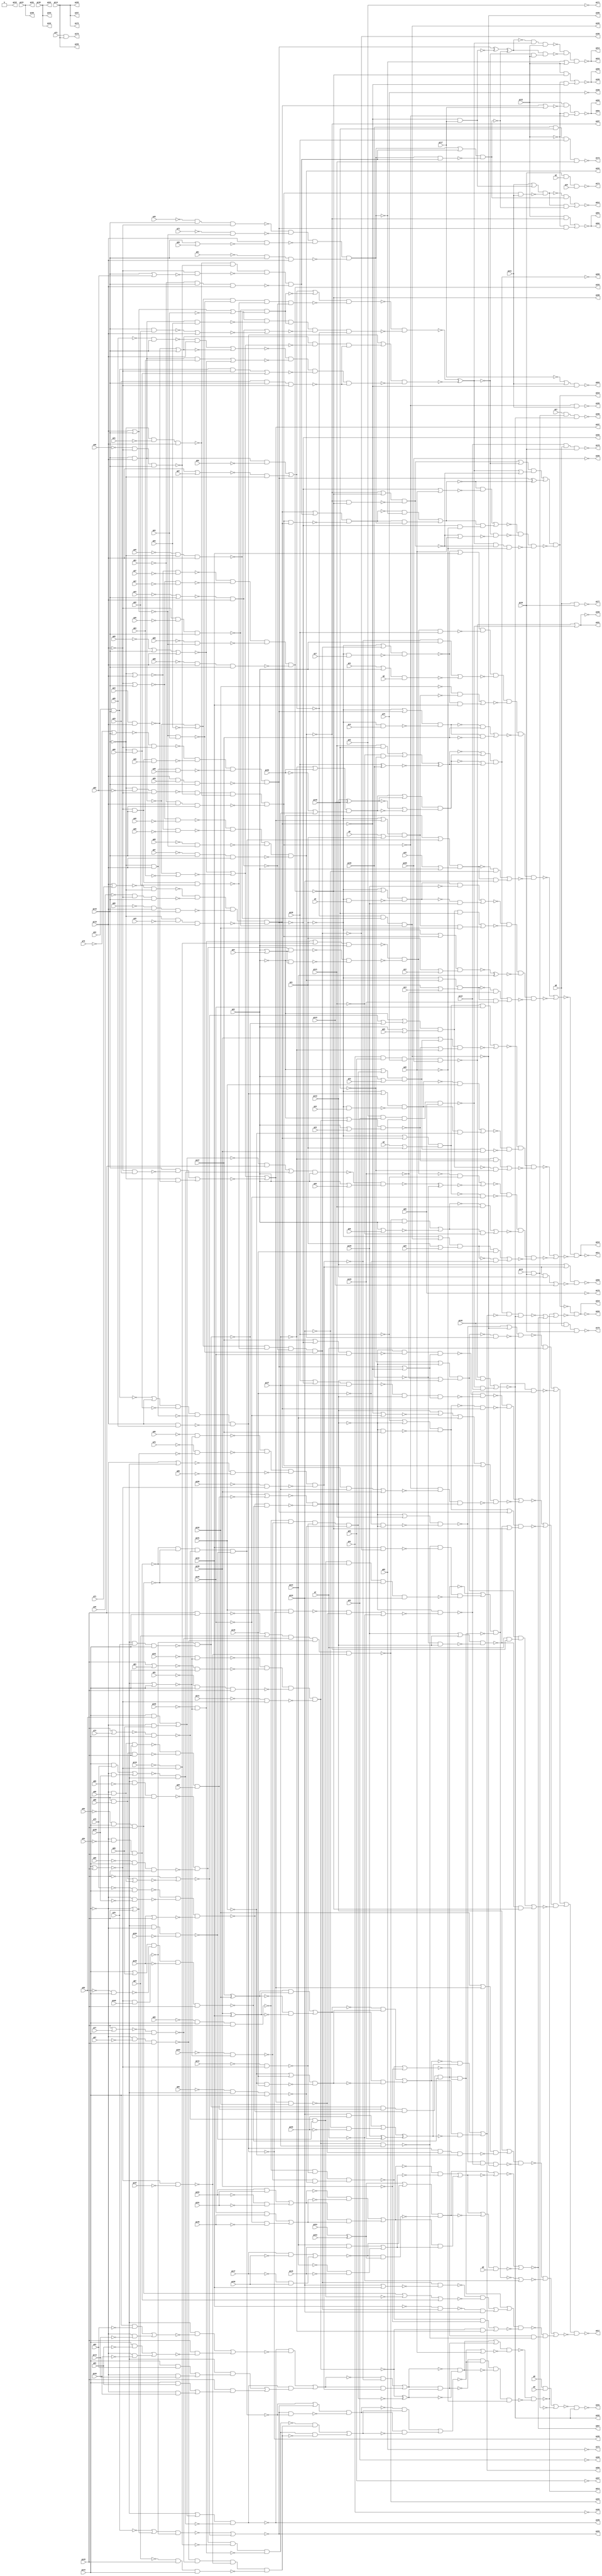
module top ( g0 , g1 , g2 , g3 , g4 , g5 , g6 , g7 , g8 , g9 , g10 , g11 , g12 , g13 , g14 , g15 , g16 , g17 , g18 , g19 , g20 , g21 , g22 , g23 , g24 , g25 , g26 , g27 , g28 , g29 , g30 , g31 , g32 , g33 , g34 , g35 , g36 , g37 , g38 , g39 , g40 , g41 , g42 , g43 , g44 , g45 , g46 , g47 , g48 , g49 , g50 , g51 , g52 , g53 , g54 , g55 , g56 , g57 , g58 , g59 , g60 , g61 , g62 , g63 , g64 , g65 , g66 , g67 , g68 , g69 , g70 , g71 , g72 , g73 , g74 , g75 , g76 , g77 , g78 , g79 , g80 , g81 , g82 , g83 , g84 , g85 , g86 , g87 , g88 , g89 , g90 , g91 , g92 , g93 , g94 , g95 , g96 , g97 , g98 , g99 , g100 , g101 , g102 , g103 , g104 , g105 , g106 , g107 , g108 , g109 , g110 , g111 , g112 , g113 , g114 , g115 , g116 , g117 , g118 , g119 , g120 , g121 , g122 , g123 , g124 , g125 , g126 , g127 , g128 , g129 , g130 , g131 , g132 , g133 , g134 , g135 , g136 , g137 , g138 , g139 , g140 , g141 , g142 , g143 , g144 , g145 , g146 , g147 , g148 , g149 , g150 , g151 , g152 , g153 , g154 , g155 , g156 , g157 , g158 , g159 , g160 , g161 , g162 , g163 , g164 , g165 , g166 , g167 , g168 , g169 , g170 , g171 , g172 , g173 , g174 , g175 , g176 , g177 , g178 , g179 , g180 , g181 , g182 , g183 , g184 , g185 , g186 , g187 , g188 , g189 , g190 , g191 , g192 , g193 , g194 , g195 , g196 , g197 , g198 , g199 , g200 , g201 , g202 , g203 , g204 , g205 , g206 , g207 , g208 , g209 , g210 , g211 , g212 , g213 , g214 , g215 , g216 , g217 , g218 , g219 , g220 );
input g0 , g1 , g2 , g3 , g4 , g5 , g6 , g7 , g8 , g9 , g10 , g11 , g12 , g13 , g14 , g15 , g16 , g17 , g18 , g19 , g20 , g21 , g22 , g23 , g24 , g25 , g26 , g27 , g28 , g29 , g30 , g31 , g32 , g33 , g34 , g35 , g36 , g37 , g38 , g39 , g40 , g41 , g42 , g43 , g44 , g45 , g46 , g47 , g48 , g49 , g50 , g51 , g52 , g53 , g54 , g55 , g56 , g57 , g58 , g59 , g60 , g61 , g62 , g63 , g64 , g65 , g66 , g67 , g68 , g69 , g70 , g71 , g72 , g73 , g74 , g75 , g76 , g77 , g78 , g79 , g80 , g81 , g82 , g83 , g84 , g85 , g86 , g87 , g88 , g89 , g90 , g91 , g92 , g93 , g94 , g95 , g96 , g97 , g98 , g99 , g100 , g101 , g102 , g103 , g104 , g105 , g106 , g107 , g108 , g109 , g110 , g111 , g112 , g113 , g114 , g115 , g116 , g117 , g118 , g119 , g120 , g121 , g122 , g123 , g124 , g125 , g126 , g127 , g128 , g129 , g130 , g131 , g132 , g133 , g134 , g135 , g136 , g137 , g138 , g139 , g140 , g141 , g142 , g143 , g144 , g145 , g146 , g147 , g148 , g149 , g150 , g151 , g152 , g153 , g154 , g155 , g156 ;
output g157 , g158 , g159 , g160 , g161 , g162 , g163 , g164 , g165 , g166 , g167 , g168 , g169 , g170 , g171 , g172 , g173 , g174 , g175 , g176 , g177 , g178 , g179 , g180 , g181 , g182 , g183 , g184 , g185 , g186 , g187 , g188 , g189 , g190 , g191 , g192 , g193 , g194 , g195 , g196 , g197 , g198 , g199 , g200 , g201 , g202 , g203 , g204 , g205 , g206 , g207 , g208 , g209 , g210 , g211 , g212 , g213 , g214 , g215 , g216 , g217 , g218 , g219 , g220 ;

wire g4669 , g4670 , g4671 , g4672 , g4673 , g4674 , g4675 , g4676 , g4677 , 
     g4678 , g4679 , g4680 , g4681 , g4682 , g4683 , g4684 , g4685 , g4686 , g4687 , 
     g4688 , g4689 , g4690 , g4691 , g4692 , g4693 , g4694 , g4695 , g4696 , g4697 , 
     g4698 , g4699 , g4700 , g4701 , g4702 , g4703 , g4704 , g4705 , g4706 , g4707 , 
     g4708 , g4709 , g4710 , g4711 , g4712 , g4713 , g4714 , g4715 , g4716 , g4717 , 
     g4718 , g4719 , g4720 , g4721 , g4722 , g4723 , g4724 , g4725 , g4726 , g4727 , 
     g4728 , g4729 , g4730 , g4731 , g4732 , g4733 , g4734 , g4735 , g4736 , g4737 , 
     g4738 , g4739 , g4740 , g4741 , g4742 , g4743 , g4744 , g4745 , g4746 , g4747 , 
     g4748 , g4749 , g4750 , g4751 , g4752 , g4753 , g4754 , g4755 , g4756 , g4757 , 
     g4758 , g4759 , g4760 , g4761 , g4762 , g4763 , g4764 , g4765 , g4766 , g4767 , 
     g4768 , g4769 , g4770 , g4771 , g4772 , g4773 , g4774 , g4775 , g4776 , g4777 , 
     g4778 , g4779 , g4780 , g4781 , g4782 , g4783 , g4784 , g4785 , g4786 , g4787 , 
     g4788 , g4789 , g4790 , g4791 , g4792 , g4793 , g4794 , g4795 , g4796 , g4797 , 
     g4798 , g4799 , g4800 , g4801 , g4802 , g4803 , g4804 , g4805 , g4806 , g4807 , 
     g4808 , g4809 , g4810 , g4811 , g4812 , g4813 , g4814 , g4815 , g4816 , g4817 , 
     g4818 , g4819 , g4820 , g4821 , g4822 , g4823 , g4824 , g4825 , g4826 , g4827 , 
     g4828 , g4829 , g4830 , g4831 , g4832 , g4833 , g4834 , g4835 , g4836 , g4837 , 
     g4838 , g4839 , g4840 , g4841 , g4842 , g4843 , g4844 , g4845 , g4846 , g4847 , 
     g4848 , g4849 , g4850 , g4851 , g4852 , g4853 , g4854 , g4855 , g4856 , g4857 , 
     g4858 , g4859 , g4860 , g4861 , g4862 , g4863 , g4864 , g4865 , g4866 , g4867 , 
     g4868 , g4869 , g4870 , g4871 , g4872 , g4873 , g4874 , g4875 , g4876 , g4877 , 
     g4878 , g4879 , g4880 , g4881 , g4882 , g4883 , g4884 , g4885 , g4886 , g4887 , 
     g4888 , g4889 , g442 , g443 , g444 , g445 , g446 , g447 , g448 , g449 , 
     g450 , g451 , g452 , g453 , g454 , g455 , g456 , g457 , g458 , g459 , 
     g460 , g461 , g462 , g463 , g464 , g465 , g466 , g467 , g468 , g469 , 
     g470 , g471 , g472 , g473 , g474 , g475 , g476 , g477 , g478 , g479 , 
     g480 , g481 , g482 , g483 , g484 , g485 , g486 , g487 , g488 , g489 , 
     g490 , g491 , g492 , g493 , g494 , g495 , g496 , g497 , g498 , g499 , 
     g500 , g501 , g502 , g503 , g504 , g505 , g506 , g507 , g508 , g509 , 
     g510 , g511 , g512 , g513 , g514 , g515 , g516 , g517 , g518 , g519 , 
     g520 , g521 , g522 , g523 , g524 , g525 , g526 , g527 , g528 , g529 , 
     g530 , g531 , g532 , g533 , g534 , g535 , g536 , g537 , g538 , g539 , 
     g540 , g541 , g542 , g543 , g544 , g545 , g546 , g547 , g548 , g549 , 
     g550 , g551 , g552 , g553 , g554 , g555 , g556 , g557 , g558 , g559 , 
     g560 , g561 , g562 , g563 , g564 , g565 , g566 , g567 , g568 , g569 , 
     g570 , g571 , g572 , g573 , g574 , g575 , g576 , g577 , g578 , g579 , 
     g580 , g581 , g582 , g583 , g584 , g585 , g586 , g587 , g588 , g589 , 
     g590 , g591 , g592 , g593 , g594 , g595 , g596 , g597 , g598 , g599 , 
     g600 , g601 , g602 , g603 , g604 , g605 , g606 , g607 , g608 , g609 , 
     g610 , g611 , g612 , g613 , g614 , g615 , g616 , g617 , g618 , g619 , 
     g620 , g621 , g622 , g623 , g624 , g625 , g626 , g627 , g628 , g629 , 
     g630 , g631 , g632 , g633 , g634 , g635 , g636 , g637 , g638 , g639 , 
     g640 , g641 , g642 , g643 , g644 , g645 , g646 , g647 , g648 , g649 , 
     g650 , g651 , g652 , g653 , g654 , g655 , g656 , g657 , g658 , g659 , 
     g660 , g661 , g662 , g663 , g664 , g665 , g666 , g667 , g668 , g669 , 
     g670 , g671 , g672 , g673 , g674 , g675 , g676 , g677 , g678 , g679 , 
     g680 , g681 , g682 , g683 , g684 , g685 , g686 , g687 , g688 , g689 , 
     g690 , g691 , g692 , g693 , g694 , g695 , g696 , g697 , g698 , g699 , 
     g700 , g701 , g702 , g703 , g704 , g705 , g706 , g707 , g708 , g709 , 
     g710 , g711 , g712 , g713 , g714 , g715 , g716 , g717 , g718 , g719 , 
     g720 , g721 , g722 , g723 , g724 , g725 , g726 , g727 , g728 , g729 , 
     g730 , g731 , g732 , g733 , g734 , g735 , g736 , g737 , g738 , g739 , 
     g740 , g741 , g742 , g743 , g744 , g745 , g746 , g747 , g748 , g749 , 
     g750 , g751 , g752 , g753 , g754 , g755 , g756 , g757 , g758 , g759 , 
     g760 , g761 , g762 , g763 , g764 , g765 , g766 , g767 , g768 , g769 , 
     g770 , g771 , g772 , g773 , g774 , g775 , g776 , g777 , g778 , g779 , 
     g780 , g781 , g782 , g783 , g784 , g785 , g786 , g787 , g788 , g789 , 
     g790 , g791 , g792 , g793 , g794 , g795 , g796 , g797 , g798 , g799 , 
     g800 , g801 , g802 , g803 , g804 , g805 , g806 , g807 , g808 , g809 , 
     g810 , g811 , g812 , g813 , g814 , g815 , g816 , g817 , g818 , g819 , 
     g820 , g821 , g822 , g823 , g824 , g825 , g826 , g827 , g828 , g829 , 
     g830 , g831 , g832 , g833 , g834 , g835 , g836 , g837 , g838 , g839 , 
     g840 , g841 , g842 , g843 , g844 , g845 , g846 , g847 , g848 , g849 , 
     g850 , g851 , g852 , g853 , g854 , g855 , g856 , g857 , g858 , g859 , 
     g860 , g861 , g862 , g863 , g864 , g865 , g866 , g867 , g868 , g869 , 
     g870 , g871 , g872 , g873 , g874 , g875 , g876 , g877 , g878 , g879 , 
     g880 , g881 , g882 , g883 , g884 , g885 , g886 , g887 , g888 , g889 , 
     g890 , g891 , g892 , g893 , g894 , g895 , g896 , g897 , g898 , g899 , 
     g900 , g901 , g902 , g903 , g904 , g905 , g906 , g907 , g908 , g909 , 
     g910 , g911 , g912 , g913 , g914 , g915 , g916 , g917 , g918 , g919 , 
     g920 , g921 , g922 , g923 , g924 , g925 , g926 , g927 , g928 , g929 , 
     g930 , g931 , g932 , g933 , g934 , g935 , g936 , g937 , g938 , g939 , 
     g940 , g941 , g942 , g943 , g944 , g945 , g946 , g947 , g948 , g949 , 
     g950 , g951 , g952 , g953 , g954 , g955 , g956 , g957 , g958 , g959 , 
     g960 , g961 , g962 , g963 , g964 , g965 , g966 , g967 , g968 , g969 , 
     g970 , g971 , g972 , g973 , g974 , g975 , g976 , g977 , g978 , g979 , 
     g980 , g981 , g982 , g983 , g984 , g985 , g986 , g987 , g988 , g989 , 
     g990 , g991 , g992 , g993 , g994 , g995 , g996 , g997 , g998 , g999 , 
     g1000 , g1001 , g1002 , g1003 , g1004 , g1005 , g1006 , g1007 , g1008 , g1009 , 
     g1010 , g1011 , g1012 , g1013 , g1014 , g1015 , g1016 , g1017 , g1018 , g1019 , 
     g1020 , g1021 , g1022 , g1023 , g1024 , g1025 , g1026 , g1027 , g1028 , g1029 , 
     g1030 , g1031 , g1032 , g1033 , g1034 , g1035 , g1036 , g1037 , g1038 , g1039 , 
     g1040 , g1041 , g1042 , g1043 , g1044 , g1045 , g1046 , g1047 , g1048 , g1049 , 
     g1050 , g1051 , g1052 , g1053 , g1054 , g1055 , g1056 , g1057 , g1058 , g1059 , 
     g1060 , g1061 , g1062 , g1063 , g1064 , g1065 , g1066 , g1067 , g1068 , g1069 , 
     g1070 , g1071 , g1072 , g1073 , g1074 , g1075 , g1076 , g1077 , g1078 , g1079 , 
     g1080 , g1081 , g1082 , g1083 , g1084 , g1085 , g1086 , g1087 , g1088 , g1089 , 
     g1090 , g1091 , g1092 , g1093 , g1094 , g1095 , g1096 , g1097 , g1098 , g1099 , 
     g1100 , g1101 , g1102 , g1103 , g1104 , g1105 , g1106 , g1107 , g1108 , g1109 , 
     g1110 , g1111 , g1112 , g1113 , g1114 , g1115 , g1116 , g1117 , g1118 , g1119 , 
     g1120 , g1121 , g1122 , g1123 , g1124 , g1125 , g1126 , g1127 , g1128 , g1129 , 
     g1130 , g1131 , g1132 , g1133 , g1134 , g1135 , g1136 , g1137 , g1138 , g1139 , 
     g1140 , g1141 , g1142 , g1143 , g1144 , g1145 , g1146 , g1147 , g1148 , g1149 , 
     g1150 , g1151 , g1152 , g1153 , g1154 , g1155 , g1156 , g1157 , g1158 , g1159 , 
     g1160 , g1161 , g1162 , g1163 , g1164 , g1165 , g1166 , g1167 , g1168 , g1169 , 
     g1170 , g1171 , g1172 , g1173 , g1174 , g1175 , g1176 , g1177 , g1178 , g1179 , 
     g1180 , g1181 , g1182 , g1183 , g1184 , g1185 , g1186 , g1187 , g1188 , g1189 , 
     g1190 , g1191 , g1192 , g1193 , g1194 , g1195 , g1196 , g1197 , g1198 , g1199 , 
     g1200 , g1201 , g1202 , g1203 , g1204 , g1205 , g1206 , g1207 , g1208 , g1209 , 
     g1210 , g1211 , g1212 , g1213 , g1214 , g1215 , g1216 , g1217 , g1218 , g1219 , 
     g1220 , g1221 , g1222 , g1223 , g1224 , g1225 , g1226 , g1227 , g1228 , g1229 , 
     g1230 , g1231 , g1232 , g1233 , g1234 , g1235 , g1236 , g1237 , g1238 , g1239 , 
     g1240 , g1241 , g1242 , g1243 , g1244 , g1245 , g1246 , g1247 , g1248 , g1249 , 
     g1250 , g1251 , g1252 , g1253 , g1254 , g1255 , g1256 , g1257 , g1258 , g1259 , 
     g1260 , g1261 , g1262 , g1263 , g1264 , g1265 , g1266 , g1267 , g1268 , g1269 , 
     g1270 , g1271 , g1272 , g1273 , g1274 , g1275 , g1276 , g1277 , g1278 , g1279 , 
     g1280 , g1281 , g1282 , g1283 , g1284 , g1285 , g1286 , g1287 , g1288 , g1289 , 
     g1290 , g1291 , g1292 , g1293 , g1294 , g1295 , g1296 , g1297 , g1298 , g1299 , 
     g1300 , g1301 , g1302 , g1303 , g1304 , g1305 , g1306 , g1307 , g1308 , g1309 , 
     g1310 , g1311 , g1312 , g1313 , g1314 , g1315 , g1316 , g1317 , g1318 , g1319 , 
     g1320 , g1321 , g1322 , g1323 , g1324 , g1325 , g1326 , g1327 , g1328 , g1329 , 
     g1330 , g1331 , g1332 , g1333 , g1334 , g1335 , g1336 , g1337 , g1338 , g1339 , 
     g1340 , g1341 , g1342 , g1343 , g1344 , g1345 , g1346 , g1347 , g1348 , g1349 , 
     g1350 , g1351 , g1352 , g1353 , g1354 , g1355 , g1356 , g1357 , g1358 , g1359 , 
     g1360 , g1361 , g1362 , g1363 , g1364 , g1365 , g1366 , g1367 , g1368 , g1369 , 
     g1370 , g1371 , g1372 , g1373 , g1374 , g1375 , g1376 , g1377 ;
buf ( g4669 , g0 );
buf ( g4670 , g1 );
buf ( g4671 , g2 );
buf ( g4672 , g3 );
buf ( g4673 , g4 );
buf ( g4674 , g5 );
buf ( g4675 , g6 );
buf ( g4676 , g7 );
buf ( g4677 , g8 );
buf ( g4678 , g9 );
buf ( g4679 , g10 );
buf ( g4680 , g11 );
buf ( g4681 , g12 );
buf ( g4682 , g13 );
buf ( g4683 , g14 );
buf ( g4684 , g15 );
buf ( g4685 , g16 );
buf ( g4686 , g17 );
buf ( g4687 , g18 );
buf ( g4688 , g19 );
buf ( g4689 , g20 );
buf ( g4690 , g21 );
buf ( g4691 , g22 );
buf ( g4692 , g23 );
buf ( g4693 , g24 );
buf ( g4694 , g25 );
buf ( g4695 , g26 );
buf ( g4696 , g27 );
buf ( g4697 , g28 );
buf ( g4698 , g29 );
buf ( g4699 , g30 );
buf ( g4700 , g31 );
buf ( g4701 , g32 );
buf ( g4702 , g33 );
buf ( g4703 , g34 );
buf ( g4704 , g35 );
buf ( g4705 , g36 );
buf ( g4706 , g37 );
buf ( g4707 , g38 );
buf ( g4708 , g39 );
buf ( g4709 , g40 );
buf ( g4710 , g41 );
buf ( g4711 , g42 );
buf ( g4712 , g43 );
buf ( g4713 , g44 );
buf ( g4714 , g45 );
buf ( g4715 , g46 );
buf ( g4716 , g47 );
buf ( g4717 , g48 );
buf ( g4718 , g49 );
buf ( g4719 , g50 );
buf ( g4720 , g51 );
buf ( g4721 , g52 );
buf ( g4722 , g53 );
buf ( g4723 , g54 );
buf ( g4724 , g55 );
buf ( g4725 , g56 );
buf ( g4726 , g57 );
buf ( g4727 , g58 );
buf ( g4728 , g59 );
buf ( g4729 , g60 );
buf ( g4730 , g61 );
buf ( g4731 , g62 );
buf ( g4732 , g63 );
buf ( g4733 , g64 );
buf ( g4734 , g65 );
buf ( g4735 , g66 );
buf ( g4736 , g67 );
buf ( g4737 , g68 );
buf ( g4738 , g69 );
buf ( g4739 , g70 );
buf ( g4740 , g71 );
buf ( g4741 , g72 );
buf ( g4742 , g73 );
buf ( g4743 , g74 );
buf ( g4744 , g75 );
buf ( g4745 , g76 );
buf ( g4746 , g77 );
buf ( g4747 , g78 );
buf ( g4748 , g79 );
buf ( g4749 , g80 );
buf ( g4750 , g81 );
buf ( g4751 , g82 );
buf ( g4752 , g83 );
buf ( g4753 , g84 );
buf ( g4754 , g85 );
buf ( g4755 , g86 );
buf ( g4756 , g87 );
buf ( g4757 , g88 );
buf ( g4758 , g89 );
buf ( g4759 , g90 );
buf ( g4760 , g91 );
buf ( g4761 , g92 );
buf ( g4762 , g93 );
buf ( g4763 , g94 );
buf ( g4764 , g95 );
buf ( g4765 , g96 );
buf ( g4766 , g97 );
buf ( g4767 , g98 );
buf ( g4768 , g99 );
buf ( g4769 , g100 );
buf ( g4770 , g101 );
buf ( g4771 , g102 );
buf ( g4772 , g103 );
buf ( g4773 , g104 );
buf ( g4774 , g105 );
buf ( g4775 , g106 );
buf ( g4776 , g107 );
buf ( g4777 , g108 );
buf ( g4778 , g109 );
buf ( g4779 , g110 );
buf ( g4780 , g111 );
buf ( g4781 , g112 );
buf ( g4782 , g113 );
buf ( g4783 , g114 );
buf ( g4784 , g115 );
buf ( g4785 , g116 );
buf ( g4786 , g117 );
buf ( g4787 , g118 );
buf ( g4788 , g119 );
buf ( g4789 , g120 );
buf ( g4790 , g121 );
buf ( g4791 , g122 );
buf ( g4792 , g123 );
buf ( g4793 , g124 );
buf ( g4794 , g125 );
buf ( g4795 , g126 );
buf ( g4796 , g127 );
buf ( g4797 , g128 );
buf ( g4798 , g129 );
buf ( g4799 , g130 );
buf ( g4800 , g131 );
buf ( g4801 , g132 );
buf ( g4802 , g133 );
buf ( g4803 , g134 );
buf ( g4804 , g135 );
buf ( g4805 , g136 );
buf ( g4806 , g137 );
buf ( g4807 , g138 );
buf ( g4808 , g139 );
buf ( g4809 , g140 );
buf ( g4810 , g141 );
buf ( g4811 , g142 );
buf ( g4812 , g143 );
buf ( g4813 , g144 );
buf ( g4814 , g145 );
buf ( g4815 , g146 );
buf ( g4816 , g147 );
buf ( g4817 , g148 );
buf ( g4818 , g149 );
buf ( g4819 , g150 );
buf ( g4820 , g151 );
buf ( g4821 , g152 );
buf ( g4822 , g153 );
buf ( g4823 , g154 );
buf ( g4824 , g155 );
buf ( g4825 , g156 );
buf ( g157 , g4826 );
buf ( g158 , g4827 );
buf ( g159 , g4828 );
buf ( g160 , g4829 );
buf ( g161 , g4830 );
buf ( g162 , g4831 );
buf ( g163 , g4832 );
buf ( g164 , g4833 );
buf ( g165 , g4834 );
buf ( g166 , g4835 );
buf ( g167 , g4836 );
buf ( g168 , g4837 );
buf ( g169 , g4838 );
buf ( g170 , g4839 );
buf ( g171 , g4840 );
buf ( g172 , g4841 );
buf ( g173 , g4842 );
buf ( g174 , g4843 );
buf ( g175 , g4844 );
buf ( g176 , g4845 );
buf ( g177 , g4846 );
buf ( g178 , g4847 );
buf ( g179 , g4848 );
buf ( g180 , g4849 );
buf ( g181 , g4850 );
buf ( g182 , g4851 );
buf ( g183 , g4852 );
buf ( g184 , g4853 );
buf ( g185 , g4854 );
buf ( g186 , g4855 );
buf ( g187 , g4856 );
buf ( g188 , g4857 );
buf ( g189 , g4858 );
buf ( g190 , g4859 );
buf ( g191 , g4860 );
buf ( g192 , g4861 );
buf ( g193 , g4862 );
buf ( g194 , g4863 );
buf ( g195 , g4864 );
buf ( g196 , g4865 );
buf ( g197 , g4866 );
buf ( g198 , g4867 );
buf ( g199 , g4868 );
buf ( g200 , g4869 );
buf ( g201 , g4870 );
buf ( g202 , g4871 );
buf ( g203 , g4872 );
buf ( g204 , g4873 );
buf ( g205 , g4874 );
buf ( g206 , g4875 );
buf ( g207 , g4876 );
buf ( g208 , g4877 );
buf ( g209 , g4878 );
buf ( g210 , g4879 );
buf ( g211 , g4880 );
buf ( g212 , g4881 );
buf ( g213 , g4882 );
buf ( g214 , g4883 );
buf ( g215 , g4884 );
buf ( g216 , g4885 );
buf ( g217 , g4886 );
buf ( g218 , g4887 );
buf ( g219 , g4888 );
buf ( g220 , g4889 );
buf ( g4826 , g4783 );
buf ( g4827 , g4783 );
buf ( g4828 , g4783 );
buf ( g4829 , g4792 );
buf ( g4830 , g4792 );
buf ( g4831 , g4805 );
buf ( g4832 , g4805 );
buf ( g4833 , g4805 );
buf ( g4834 , g1004 );
buf ( g4835 , g1001 );
buf ( g4836 , g995 );
buf ( g4837 , g998 );
buf ( g4838 , g1002 );
buf ( g4839 , g1000 );
buf ( g4840 , g997 );
buf ( g4841 , g994 );
buf ( g4842 , g992 );
buf ( g4843 , g993 );
buf ( g4844 , g4783 );
buf ( g4845 , g1344 );
buf ( g4846 , g1357 );
buf ( g4847 , g1350 );
buf ( g4848 , g1358 );
buf ( g4849 , g990 );
buf ( g4850 , g991 );
buf ( g4851 , g958 );
buf ( g4852 , g1126 );
buf ( g4853 , g784 );
buf ( g4854 , g1146 );
buf ( g4855 , g807 );
buf ( g4856 , g653 );
buf ( g4857 , g589 );
buf ( g4858 , g983 );
buf ( g4859 , g1352 );
buf ( g4860 , g989 );
buf ( g4861 , g975 );
buf ( g4862 , g590 );
buf ( g4863 , g1199 );
buf ( g4864 , g1245 );
buf ( g4865 , g732 );
buf ( g4866 , g1135 );
buf ( g4867 , g457 );
buf ( g4868 , g1356 );
buf ( g4869 , g1356 );
buf ( g4870 , g1348 );
buf ( g4871 , g1348 );
buf ( g4872 , g1343 );
buf ( g4873 , g1017 );
buf ( g4874 , g1017 );
buf ( g4875 , g1325 );
buf ( g4876 , g1240 );
buf ( g4877 , g923 );
buf ( g4878 , g971 );
buf ( g4879 , g821 );
buf ( g4880 , g820 );
buf ( g4881 , g902 );
buf ( g4882 , g1197 );
buf ( g4883 , g1338 );
buf ( g4884 , g1338 );
buf ( g4885 , g1339 );
buf ( g4886 , g1377 );
buf ( g4887 , 1'b0 );
buf ( g4888 , g1244 );
buf ( g4889 , g1243 );
not ( g445 , g4680 );
nand ( g446 , g4788 , g4785 );
not ( g447 , g4722 );
nor ( g448 , g446 , g447 );
not ( g449 , g448 );
not ( g450 , g4788 );
nand ( g451 , g450 , g4785 , g4701 );
not ( g452 , g4712 );
nor ( g453 , g452 , g4785 );
nand ( g454 , g453 , g4788 );
nor ( g455 , g4788 , g4785 );
nand ( g456 , g455 , g4733 );
nand ( g457 , g449 , g451 , g454 , g456 );
not ( g458 , g457 );
or ( g459 , g445 , g458 );
not ( g460 , g4680 );
nand ( g461 , g460 , g4686 );
nand ( g462 , g459 , g461 );
nor ( g463 , g462 , g4802 );
not ( g464 , g463 );
not ( g465 , g4769 );
not ( g466 , g4814 );
nor ( g467 , g466 , g4813 );
nand ( g468 , g465 , g467 );
not ( g469 , g468 );
not ( g470 , g4779 );
nor ( g471 , g4813 , g4814 );
nand ( g472 , g470 , g471 );
not ( g473 , g472 );
or ( g474 , g469 , g473 );
nand ( g475 , g474 , g4691 );
not ( g476 , g4759 );
nand ( g477 , g476 , g4813 , g4814 );
not ( g478 , g4814 );
not ( g479 , g4749 );
nand ( g480 , g478 , g479 , g4813 );
or ( g481 , g4691 , g4693 );
nand ( g482 , g477 , g480 , g481 );
not ( g483 , g4691 );
nand ( g484 , g483 , g481 );
nand ( g485 , g482 , g484 );
nand ( g486 , g475 , g485 , g4807 );
not ( g487 , g4765 );
not ( g488 , g4814 );
nor ( g489 , g488 , g4813 );
nand ( g490 , g487 , g489 );
not ( g491 , g4745 );
not ( g492 , g4813 );
nor ( g493 , g492 , g4814 );
nand ( g494 , g491 , g493 );
not ( g495 , g4813 );
not ( g496 , g4814 );
nor ( g497 , g495 , g496 );
not ( g498 , g4755 );
nand ( g499 , g497 , g498 );
not ( g500 , g4775 );
nor ( g501 , g4813 , g4814 );
nand ( g502 , g500 , g501 );
nand ( g503 , g490 , g494 , g499 , g502 );
and ( g504 , g503 , g4691 );
or ( g505 , g4690 , g4691 );
nand ( g506 , g505 , g4677 );
nor ( g507 , g504 , g506 );
and ( g508 , g464 , g486 , g507 );
not ( g509 , g4801 );
not ( g510 , g4680 );
not ( g511 , g4734 );
nor ( g512 , g511 , g4785 , g4788 );
nand ( g513 , g4788 , g4785 );
not ( g514 , g4723 );
nor ( g515 , g513 , g514 );
nor ( g516 , g512 , g515 );
not ( g517 , g516 );
not ( g518 , g4788 );
nand ( g519 , g518 , g4702 );
and ( g520 , g4785 , g519 );
not ( g521 , g4785 );
nand ( g522 , g4713 , g4788 );
and ( g523 , g521 , g522 );
nor ( g524 , g520 , g523 );
nor ( g525 , g517 , g524 );
not ( g526 , g525 );
or ( g527 , g510 , g526 );
or ( g528 , g4674 , g4680 );
nand ( g529 , g527 , g528 );
and ( g530 , g509 , g529 );
and ( g531 , g462 , g4802 );
nor ( g532 , g530 , g531 );
not ( g533 , g4680 );
not ( g534 , g4739 );
nor ( g535 , g534 , g4785 );
not ( g536 , g4788 );
nand ( g537 , g535 , g536 );
not ( g538 , g4788 );
nand ( g539 , g4785 , g538 , g4707 );
not ( g540 , g4785 );
nand ( g541 , g540 , g4788 , g4717 );
nand ( g542 , g4788 , g4728 , g4785 );
nand ( g543 , g537 , g539 , g541 , g542 );
not ( g544 , g543 );
or ( g545 , g533 , g544 );
nand ( g546 , g460 , g4682 );
nand ( g547 , g545 , g546 );
and ( g548 , g547 , g4796 );
not ( g549 , g547 );
not ( g550 , g4796 );
and ( g551 , g549 , g550 );
nor ( g552 , g548 , g551 );
not ( g553 , g4691 );
not ( g554 , g4813 );
not ( g555 , g4763 );
nand ( g556 , g554 , g555 , g4814 );
not ( g557 , g4753 );
nand ( g558 , g557 , g4813 , g4814 );
nor ( g559 , g4814 , g4743 );
nand ( g560 , g559 , g4813 );
not ( g561 , g4814 );
not ( g562 , g4773 );
nand ( g563 , g561 , g495 , g562 );
nand ( g564 , g556 , g558 , g560 , g563 );
not ( g565 , g564 );
or ( g566 , g553 , g565 );
or ( g567 , g4687 , g4691 );
nand ( g568 , g566 , g567 );
not ( g569 , g4803 );
and ( g570 , g568 , g569 );
not ( g571 , g568 );
and ( g572 , g571 , g4803 );
nor ( g573 , g570 , g572 );
nand ( g574 , g508 , g532 , g552 , g573 );
not ( g575 , g4680 );
not ( g576 , g4785 );
nor ( g577 , g576 , g4788 );
not ( g578 , g4706 );
nand ( g579 , g577 , g578 );
not ( g580 , g4788 );
nor ( g581 , g580 , g4785 );
not ( g582 , g4716 );
nand ( g583 , g581 , g582 );
not ( g584 , g4738 );
nor ( g585 , g4785 , g4788 );
nand ( g586 , g584 , g585 );
not ( g587 , g4727 );
nand ( g588 , g587 , g4788 , g4785 );
nand ( g589 , g579 , g583 , g586 , g588 );
not ( g590 , g589 );
not ( g591 , g590 );
or ( g592 , g575 , g591 );
nand ( g593 , g460 , g4673 );
nand ( g594 , g592 , g593 );
not ( g595 , g594 );
not ( g596 , g4797 );
and ( g597 , g595 , g596 );
and ( g598 , g594 , g4797 );
nor ( g599 , g597 , g598 );
not ( g600 , g4691 );
not ( g601 , g4814 );
and ( g602 , g4813 , g4757 );
not ( g603 , g4813 );
and ( g604 , g603 , g4767 );
nor ( g605 , g602 , g604 );
nor ( g606 , g601 , g605 );
nor ( g607 , g4814 , g4813 );
nand ( g608 , g607 , g4777 );
not ( g609 , g4814 );
nand ( g610 , g609 , g4747 , g4813 );
nand ( g611 , g608 , g610 );
nor ( g612 , g606 , g611 );
not ( g613 , g612 );
or ( g614 , g600 , g613 );
or ( g615 , g4691 , g4694 );
nand ( g616 , g614 , g615 );
not ( g617 , g616 );
not ( g618 , g4809 );
not ( g619 , g618 );
and ( g620 , g617 , g619 );
not ( g621 , g529 );
and ( g622 , g621 , g4801 );
nor ( g623 , g620 , g622 );
not ( g624 , g4680 );
not ( g625 , g4785 );
not ( g626 , g4731 );
not ( g627 , g4788 );
nand ( g628 , g625 , g626 , g627 );
not ( g629 , g4699 );
not ( g630 , g4788 );
nand ( g631 , g629 , g630 , g4785 );
not ( g632 , g4785 );
not ( g633 , g4710 );
nand ( g634 , g632 , g633 , g4788 );
not ( g635 , g4720 );
nand ( g636 , g635 , g4788 , g4785 );
nand ( g637 , g628 , g631 , g634 , g636 );
not ( g638 , g637 );
or ( g639 , g624 , g638 );
or ( g640 , g4680 , g4681 );
nand ( g641 , g639 , g640 );
xnor ( g642 , g641 , g4793 );
not ( g643 , g4680 );
not ( g644 , g4715 );
nand ( g645 , g581 , g644 );
not ( g646 , g4705 );
nand ( g647 , g577 , g646 );
not ( g648 , g4737 );
nor ( g649 , g4785 , g4788 );
nand ( g650 , g648 , g649 );
not ( g651 , g4726 );
nand ( g652 , g651 , g4785 , g4788 );
nand ( g653 , g645 , g647 , g650 , g652 );
not ( g654 , g653 );
or ( g655 , g643 , g654 );
or ( g656 , g4680 , g4683 );
nand ( g657 , g655 , g656 );
not ( g658 , g4798 );
and ( g659 , g657 , g658 );
not ( g660 , g657 );
and ( g661 , g660 , g4798 );
nor ( g662 , g659 , g661 );
nand ( g663 , g599 , g623 , g642 , g662 );
nor ( g664 , g574 , g663 );
not ( g665 , g4680 );
nor ( g666 , g4788 , g4740 );
not ( g667 , g4785 );
nand ( g668 , g666 , g667 );
not ( g669 , g4708 );
not ( g670 , g4788 );
nand ( g671 , g669 , g670 , g4785 );
not ( g672 , g4729 );
nand ( g673 , g672 , g4788 , g4785 );
not ( g674 , g4718 );
nand ( g675 , g667 , g674 , g4788 );
nand ( g676 , g668 , g671 , g673 , g675 );
not ( g677 , g676 );
not ( g678 , g677 );
not ( g679 , g678 );
or ( g680 , g665 , g679 );
or ( g681 , g4672 , g4680 );
nand ( g682 , g680 , g681 );
not ( g683 , g682 );
and ( g684 , g683 , g4794 );
not ( g685 , g4804 );
not ( g686 , g685 );
not ( g687 , g4691 );
not ( g688 , g4761 );
nand ( g689 , g688 , g4813 , g4814 );
not ( g690 , g4771 );
nand ( g691 , g690 , g489 );
not ( g692 , g4781 );
nand ( g693 , g692 , g501 );
not ( g694 , g4751 );
nand ( g695 , g694 , g466 , g4813 );
nand ( g696 , g689 , g691 , g693 , g695 );
not ( g697 , g696 );
or ( g698 , g687 , g697 );
or ( g699 , g4691 , g4692 );
nand ( g700 , g698 , g699 );
not ( g701 , g700 );
or ( g702 , g686 , g701 );
not ( g703 , g4691 );
not ( g704 , g4770 );
not ( g705 , g4814 );
nor ( g706 , g705 , g4813 );
nand ( g707 , g704 , g706 );
nor ( g708 , g4814 , g4750 );
nand ( g709 , g708 , g4813 );
not ( g710 , g4760 );
nand ( g711 , g710 , g4813 , g4814 );
not ( g712 , g4780 );
nor ( g713 , g4814 , g4813 );
nand ( g714 , g712 , g713 );
nand ( g715 , g707 , g709 , g711 , g714 );
not ( g716 , g715 );
or ( g717 , g703 , g716 );
or ( g718 , g4691 , g4688 );
nand ( g719 , g717 , g718 );
not ( g720 , g4806 );
or ( g721 , g719 , g720 );
nand ( g722 , g702 , g721 );
nor ( g723 , g684 , g722 );
not ( g724 , g4680 );
nand ( g725 , g4703 , g4785 );
nor ( g726 , g725 , g4788 );
not ( g727 , g726 );
not ( g728 , g4785 );
nand ( g729 , g728 , g4735 );
nand ( g730 , g728 , g4788 );
nand ( g731 , g4788 , g4724 );
nand ( g732 , g727 , g729 , g730 , g731 );
not ( g733 , g732 );
or ( g734 , g724 , g733 );
nand ( g735 , g460 , g4685 );
nand ( g736 , g734 , g735 );
and ( g737 , g736 , g4800 );
not ( g738 , g736 );
not ( g739 , g4800 );
and ( g740 , g738 , g739 );
nor ( g741 , g737 , g740 );
not ( g742 , g700 );
nand ( g743 , g742 , g4804 );
and ( g744 , g741 , g743 );
and ( g745 , g720 , g719 );
and ( g746 , g616 , g618 );
nor ( g747 , g745 , g746 );
nand ( g748 , g723 , g744 , g747 );
nand ( g749 , g475 , g485 );
not ( g750 , g4807 );
and ( g751 , g749 , g750 );
and ( g752 , g4813 , g4758 );
not ( g753 , g4813 );
and ( g754 , g753 , g4768 );
nor ( g755 , g752 , g754 );
nand ( g756 , g755 , g4814 );
not ( g757 , g756 );
and ( g758 , g4813 , g4748 );
not ( g759 , g4813 );
and ( g760 , g759 , g4778 );
nor ( g761 , g758 , g760 );
nand ( g762 , g761 , g466 );
not ( g763 , g762 );
or ( g764 , g757 , g763 );
nand ( g765 , g764 , g4691 );
or ( g766 , g4691 , g4689 );
nand ( g767 , g765 , g766 );
not ( g768 , g4808 );
xnor ( g769 , g767 , g768 );
nor ( g770 , g751 , g769 );
not ( g771 , g4794 );
nand ( g772 , g682 , g771 );
nand ( g773 , g4814 , g4813 );
nor ( g774 , g773 , g4756 );
not ( g775 , g774 );
nor ( g776 , g4814 , g4746 );
nand ( g777 , g776 , g4813 );
not ( g778 , g4813 );
not ( g779 , g4766 );
nand ( g780 , g778 , g779 , g4814 );
nor ( g781 , g4814 , g4813 );
not ( g782 , g4776 );
nand ( g783 , g781 , g782 );
nand ( g784 , g775 , g777 , g780 , g783 );
and ( g785 , g784 , g4691 );
nor ( g786 , g4691 , g4695 );
nor ( g787 , g785 , g786 );
and ( g788 , g787 , g4810 );
not ( g789 , g787 );
not ( g790 , g4810 );
and ( g791 , g789 , g790 );
nor ( g792 , g788 , g791 );
not ( g793 , g4680 );
nand ( g794 , g4788 , g4785 );
not ( g795 , g794 );
not ( g796 , g4725 );
and ( g797 , g795 , g796 );
nor ( g798 , g4788 , g4736 );
and ( g799 , g798 , g728 );
nor ( g800 , g797 , g799 );
not ( g801 , g4714 );
not ( g802 , g4785 );
nand ( g803 , g801 , g802 , g4788 );
not ( g804 , g4788 );
not ( g805 , g4704 );
nand ( g806 , g804 , g805 , g4785 );
nand ( g807 , g800 , g803 , g806 );
not ( g808 , g807 );
or ( g809 , g793 , g808 );
or ( g810 , g4680 , g4684 );
nand ( g811 , g809 , g810 );
not ( g812 , g811 );
not ( g813 , g4799 );
not ( g814 , g813 );
and ( g815 , g812 , g814 );
and ( g816 , g811 , g813 );
nor ( g817 , g815 , g816 );
nand ( g818 , g770 , g772 , g792 , g817 );
nor ( g819 , g748 , g818 );
nand ( g820 , g664 , g819 );
not ( g821 , g820 );
not ( g822 , g611 );
not ( g823 , g4813 );
nand ( g824 , g823 , g4767 , g4814 );
nand ( g825 , g4813 , g4757 , g4814 );
nand ( g826 , g824 , g825 , g4698 );
not ( g827 , g826 );
not ( g828 , g4748 );
nand ( g829 , g828 , g4813 );
not ( g830 , g4813 );
not ( g831 , g4778 );
nand ( g832 , g830 , g831 );
nor ( g833 , g4795 , g4814 );
nand ( g834 , g829 , g832 , g833 );
nor ( g835 , g4813 , g4768 );
not ( g836 , g835 );
not ( g837 , g4758 );
nand ( g838 , g837 , g4813 );
not ( g839 , g4795 );
nand ( g840 , g836 , g838 , g839 , g4814 );
nand ( g841 , g822 , g827 , g834 , g840 );
not ( g842 , g841 );
not ( g843 , g842 );
not ( g844 , g715 );
nand ( g845 , g844 , g4806 );
nand ( g846 , g4802 , g457 );
nand ( g847 , g560 , g563 );
not ( g848 , g847 );
not ( g849 , g556 );
not ( g850 , g849 );
nand ( g851 , g848 , g850 , g558 , g4803 );
nand ( g852 , g845 , g846 , g851 );
not ( g853 , g852 );
or ( g854 , g843 , g853 );
not ( g855 , g841 );
nand ( g856 , g689 , g693 );
not ( g857 , g856 );
and ( g858 , g691 , g695 );
nand ( g859 , g857 , g858 );
nor ( g860 , g859 , g685 );
nand ( g861 , g855 , g860 );
nand ( g862 , g854 , g861 );
not ( g863 , g862 );
not ( g864 , g4790 );
not ( g865 , g864 );
nand ( g866 , g678 , g4786 );
not ( g867 , g866 );
or ( g868 , g865 , g867 );
buf ( g869 , g637 );
not ( g870 , g869 );
nand ( g871 , g870 , g4790 );
nand ( g872 , g868 , g871 );
not ( g873 , g4709 );
nand ( g874 , g873 , g4785 , g538 );
not ( g875 , g4741 );
nor ( g876 , g4785 , g4788 );
nand ( g877 , g875 , g876 );
not ( g878 , g4788 );
not ( g879 , g878 );
nor ( g880 , g4785 , g4719 );
nand ( g881 , g879 , g880 );
not ( g882 , g4730 );
nand ( g883 , g882 , g4785 , g4788 );
nand ( g884 , g874 , g877 , g881 , g883 );
not ( g885 , g884 );
not ( g886 , g4785 );
nand ( g887 , g886 , g633 , g4788 );
nor ( g888 , g4785 , g4731 );
nand ( g889 , g878 , g888 );
nand ( g890 , g635 , g4785 , g4788 );
nand ( g891 , g887 , g631 , g889 , g890 );
not ( g892 , g891 );
or ( g893 , g885 , g892 );
not ( g894 , g884 );
not ( g895 , g891 );
nand ( g896 , g894 , g895 );
nand ( g897 , g893 , g896 );
not ( g898 , g897 );
and ( g899 , g872 , g898 );
not ( g900 , g872 );
and ( g901 , g900 , g897 );
nor ( g902 , g899 , g901 );
and ( g903 , g4810 , g4809 );
not ( g904 , g4810 );
and ( g905 , g904 , g618 );
or ( g906 , g903 , g905 );
xnor ( g907 , g4807 , g4808 );
xor ( g908 , g906 , g907 );
not ( g909 , g908 );
or ( g910 , g720 , g4825 );
not ( g911 , g4825 );
or ( g912 , g911 , g4806 );
nand ( g913 , g910 , g912 );
not ( g914 , g913 );
xnor ( g915 , g4811 , g4812 );
not ( g916 , g915 );
or ( g917 , g914 , g916 );
or ( g918 , g915 , g913 );
nand ( g919 , g917 , g918 );
not ( g920 , g919 );
or ( g921 , g909 , g920 );
or ( g922 , g919 , g908 );
nand ( g923 , g921 , g922 );
not ( g924 , g923 );
xor ( g925 , g4796 , g4801 );
xor ( g926 , g4804 , g4802 );
and ( g927 , g925 , g926 );
not ( g928 , g925 );
not ( g929 , g926 );
and ( g930 , g928 , g929 );
nor ( g931 , g927 , g930 );
not ( g932 , g4800 );
not ( g933 , g813 );
or ( g934 , g932 , g933 );
nand ( g935 , g739 , g4799 );
nand ( g936 , g934 , g935 );
not ( g937 , g936 );
and ( g938 , g931 , g937 );
not ( g939 , g931 );
and ( g940 , g939 , g936 );
nor ( g941 , g938 , g940 );
and ( g942 , g4803 , g4824 );
not ( g943 , g4803 );
not ( g944 , g4824 );
and ( g945 , g943 , g944 );
or ( g946 , g942 , g945 );
xor ( g947 , g4797 , g4798 );
xor ( g948 , g946 , g947 );
and ( g949 , g941 , g948 );
not ( g950 , g941 );
not ( g951 , g948 );
and ( g952 , g950 , g951 );
nor ( g953 , g949 , g952 );
nand ( g954 , g4700 , g4732 , g4744 , g4774 );
and ( g955 , g954 , g4815 );
nand ( g956 , g4711 , g4721 , g4754 , g4764 );
and ( g957 , g956 , g4787 );
nor ( g958 , g955 , g957 );
nand ( g959 , g924 , g953 , g958 );
not ( g960 , g750 );
not ( g961 , g543 );
not ( g962 , g961 );
or ( g963 , g960 , g962 );
nand ( g964 , g963 , g4806 );
nor ( g965 , g611 , g826 );
nand ( g966 , g834 , g840 );
nand ( g967 , g965 , g966 );
not ( g968 , g967 );
or ( g969 , g961 , g678 );
nand ( g970 , g964 , g968 , g969 );
not ( g971 , g953 );
nand ( g972 , g707 , g709 , g711 , g714 );
xor ( g973 , g972 , g696 );
not ( g974 , g973 );
buf ( g975 , g543 );
nor ( g976 , g975 , g4697 );
not ( g977 , g550 );
not ( g978 , g961 );
or ( g979 , g977 , g978 );
nand ( g980 , g979 , g4794 );
not ( g981 , g637 );
nand ( g982 , g981 , g677 );
nand ( g983 , g869 , g4790 );
buf ( g984 , g884 );
not ( g985 , g984 );
and ( g986 , g4669 , g4671 );
nand ( g987 , g4784 , g4789 );
nor ( g988 , g986 , g987 );
nand ( g989 , g988 , g958 );
nor ( g990 , g954 , g956 );
not ( g991 , g990 );
nand ( g992 , g4808 , g4809 , g4807 , g4810 );
nand ( g993 , g4789 , g4670 , g4679 );
not ( g994 , g4754 );
not ( g995 , g4732 );
not ( g996 , g4820 );
not ( g997 , g4711 );
not ( g998 , g4744 );
not ( g999 , g4819 );
not ( g1000 , g4764 );
not ( g1001 , g4774 );
not ( g1002 , g4721 );
not ( g1003 , g4697 );
not ( g1004 , g4700 );
not ( g1005 , g4676 );
nand ( g1006 , g670 , g669 , g4785 );
not ( g1007 , g4729 );
nand ( g1008 , g1007 , g4788 , g4785 );
not ( g1009 , g4785 );
nand ( g1010 , g1009 , g674 , g4788 );
nand ( g1011 , g668 , g1006 , g1008 , g1010 );
not ( g1012 , g1011 );
nor ( g1013 , g1012 , g4786 );
and ( g1014 , g4791 , g1013 );
not ( g1015 , g4791 );
and ( g1016 , g1015 , g869 );
nor ( g1017 , g1014 , g1016 );
not ( g1018 , g794 );
not ( g1019 , g4725 );
and ( g1020 , g1018 , g1019 );
and ( g1021 , g798 , g728 );
nor ( g1022 , g1020 , g1021 );
not ( g1023 , g1022 );
not ( g1024 , g4788 );
nand ( g1025 , g1024 , g805 , g4785 );
nand ( g1026 , g576 , g801 , g4788 );
nand ( g1027 , g1025 , g1026 );
not ( g1028 , g1027 );
not ( g1029 , g1028 );
or ( g1030 , g1023 , g1029 );
not ( g1031 , g448 );
nand ( g1032 , g1031 , g456 , g451 , g454 );
nand ( g1033 , g1030 , g1032 );
not ( g1034 , g455 );
not ( g1035 , g4733 );
or ( g1036 , g1034 , g1035 );
nand ( g1037 , g4788 , g4785 , g4722 );
nand ( g1038 , g1036 , g1037 );
not ( g1039 , g1038 );
nor ( g1040 , g452 , g4785 );
and ( g1041 , g1040 , g4788 );
nand ( g1042 , g4785 , g4701 );
nor ( g1043 , g1042 , g4788 );
nor ( g1044 , g1041 , g1043 );
nand ( g1045 , g1039 , g1028 , g1044 , g1022 );
nand ( g1046 , g1033 , g1045 );
not ( g1047 , g732 );
nand ( g1048 , g4713 , g4788 );
nor ( g1049 , g1048 , g4785 );
not ( g1050 , g1049 );
nand ( g1051 , g4702 , g4785 , g536 );
nand ( g1052 , g1050 , g516 , g1051 );
not ( g1053 , g1052 );
or ( g1054 , g1047 , g1053 );
not ( g1055 , g4724 );
nand ( g1056 , g1055 , g4785 );
and ( g1057 , g1056 , g4788 );
nor ( g1058 , g1057 , g1049 );
nand ( g1059 , g4785 , g4788 );
not ( g1060 , g1059 );
not ( g1061 , g514 );
and ( g1062 , g1060 , g1061 );
not ( g1063 , g4734 );
nor ( g1064 , g1063 , g4785 , g4788 );
nor ( g1065 , g1062 , g1064 );
nand ( g1066 , g4703 , g4785 );
not ( g1067 , g1066 );
not ( g1068 , g4788 );
and ( g1069 , g1067 , g1068 );
and ( g1070 , g728 , g4735 );
nor ( g1071 , g1069 , g1070 );
nand ( g1072 , g1058 , g1065 , g1071 , g1051 );
nand ( g1073 , g1054 , g1072 );
xor ( g1074 , g1046 , g1073 );
buf ( g1075 , g1074 );
not ( g1076 , g1011 );
not ( g1077 , g891 );
or ( g1078 , g1076 , g1077 );
nand ( g1079 , g1078 , g982 );
and ( g1080 , g1079 , g984 );
not ( g1081 , g1079 );
and ( g1082 , g1081 , g985 );
nor ( g1083 , g1080 , g1082 );
and ( g1084 , g1083 , g976 );
not ( g1085 , g1083 );
and ( g1086 , g975 , g1003 );
and ( g1087 , g1085 , g1086 );
nor ( g1088 , g1084 , g1087 );
not ( g1089 , g975 );
xnor ( g1090 , g1089 , g1083 );
nand ( g1091 , g480 , g477 , g472 , g468 );
not ( g1092 , g4756 );
nand ( g1093 , g1092 , g4814 , g4813 );
nand ( g1094 , g780 , g777 , g783 , g1093 );
not ( g1095 , g1094 );
and ( g1096 , g1091 , g1095 );
not ( g1097 , g1091 );
and ( g1098 , g1097 , g1094 );
nor ( g1099 , g1096 , g1098 );
not ( g1100 , g1099 );
and ( g1101 , g4821 , g4820 );
not ( g1102 , g4821 );
and ( g1103 , g1102 , g996 );
nor ( g1104 , g1101 , g1103 );
and ( g1105 , g4794 , g4817 );
not ( g1106 , g4794 );
not ( g1107 , g4817 );
and ( g1108 , g1106 , g1107 );
nor ( g1109 , g1105 , g1108 );
and ( g1110 , g1104 , g1109 );
not ( g1111 , g1104 );
not ( g1112 , g1109 );
and ( g1113 , g1111 , g1112 );
nor ( g1114 , g1110 , g1113 );
and ( g1115 , g4793 , g4818 );
not ( g1116 , g4793 );
not ( g1117 , g4818 );
and ( g1118 , g1116 , g1117 );
nor ( g1119 , g1115 , g1118 );
not ( g1120 , g4747 );
not ( g1121 , g4813 );
nor ( g1122 , g1121 , g4814 );
not ( g1123 , g1122 );
or ( g1124 , g1120 , g1123 );
nand ( g1125 , g1124 , g608 );
nor ( g1126 , g1125 , g606 );
or ( g1127 , g564 , g1126 );
nand ( g1128 , g1126 , g564 );
nand ( g1129 , g1127 , g1128 );
and ( g1130 , g1129 , g1100 );
not ( g1131 , g1129 );
and ( g1132 , g1131 , g1099 );
nor ( g1133 , g1130 , g1132 );
nand ( g1134 , g4800 , g732 );
not ( g1135 , g525 );
nand ( g1136 , g1135 , g4801 );
and ( g1137 , g1134 , g1136 );
nor ( g1138 , g1137 , g1005 );
not ( g1139 , g4814 );
and ( g1140 , g4813 , g4758 );
not ( g1141 , g4813 );
and ( g1142 , g1141 , g4768 );
nor ( g1143 , g1140 , g1142 );
not ( g1144 , g1143 );
or ( g1145 , g1139 , g1144 );
nand ( g1146 , g1145 , g762 );
not ( g1147 , g4814 );
not ( g1148 , g4752 );
and ( g1149 , g4813 , g1148 );
not ( g1150 , g4813 );
not ( g1151 , g4782 );
and ( g1152 , g1150 , g1151 );
nor ( g1153 , g1149 , g1152 );
and ( g1154 , g1147 , g1153 );
not ( g1155 , g1147 );
not ( g1156 , g4762 );
and ( g1157 , g4813 , g1156 );
not ( g1158 , g4813 );
not ( g1159 , g4772 );
and ( g1160 , g1158 , g1159 );
nor ( g1161 , g1157 , g1160 );
and ( g1162 , g1155 , g1161 );
nor ( g1163 , g1154 , g1162 );
and ( g1164 , g1146 , g1163 );
not ( g1165 , g1146 );
and ( g1166 , g4813 , g4752 );
not ( g1167 , g4813 );
and ( g1168 , g1167 , g4782 );
or ( g1169 , g1166 , g1168 );
and ( g1170 , g1147 , g1169 );
not ( g1171 , g1147 );
and ( g1172 , g4813 , g4762 );
not ( g1173 , g4813 );
and ( g1174 , g1173 , g4772 );
or ( g1175 , g1172 , g1174 );
and ( g1176 , g1171 , g1175 );
or ( g1177 , g1170 , g1176 );
and ( g1178 , g1165 , g1177 );
nor ( g1179 , g1164 , g1178 );
and ( g1180 , g1179 , g503 );
not ( g1181 , g1179 );
not ( g1182 , g503 );
and ( g1183 , g1181 , g1182 );
nor ( g1184 , g1180 , g1183 );
not ( g1185 , g973 );
nand ( g1186 , g1184 , g1185 );
not ( g1187 , g1186 );
not ( g1188 , g1184 );
not ( g1189 , g974 );
nand ( g1190 , g1188 , g1189 );
not ( g1191 , g1190 );
or ( g1192 , g1187 , g1191 );
nor ( g1193 , g1133 , g4697 );
nand ( g1194 , g1192 , g1193 );
not ( g1195 , g4697 );
nand ( g1196 , g1190 , g1133 , g1186 , g1195 );
nand ( g1197 , g1194 , g1196 );
not ( g1198 , g1074 );
not ( g1199 , g653 );
not ( g1200 , g1199 );
not ( g1201 , g590 );
or ( g1202 , g1200 , g1201 );
nand ( g1203 , g653 , g589 );
nand ( g1204 , g1202 , g1203 );
nor ( g1205 , g1204 , g4697 );
nand ( g1206 , g1198 , g1205 );
nand ( g1207 , g1074 , g1204 , g1003 );
nand ( g1208 , g1088 , g1206 , g1207 );
not ( g1209 , g1204 );
not ( g1210 , g1074 );
or ( g1211 , g1209 , g1210 );
or ( g1212 , g1074 , g1204 );
nand ( g1213 , g1211 , g1212 );
not ( g1214 , g1213 );
not ( g1215 , g1090 );
or ( g1216 , g1214 , g1215 );
nand ( g1217 , g1216 , g1208 );
xnor ( g1218 , g4823 , g4822 );
not ( g1219 , g1218 );
and ( g1220 , g4816 , g999 );
not ( g1221 , g4816 );
and ( g1222 , g1221 , g4819 );
or ( g1223 , g1220 , g1222 );
not ( g1224 , g1223 );
or ( g1225 , g1219 , g1224 );
not ( g1226 , g1223 );
not ( g1227 , g1218 );
nand ( g1228 , g1226 , g1227 );
nand ( g1229 , g1225 , g1228 );
not ( g1230 , g1229 );
and ( g1231 , g1114 , g1119 );
not ( g1232 , g1114 );
not ( g1233 , g1119 );
and ( g1234 , g1232 , g1233 );
nor ( g1235 , g1231 , g1234 );
nor ( g1236 , g1230 , g1235 );
not ( g1237 , g1235 );
or ( g1238 , g1237 , g1229 );
nand ( g1239 , g1238 , g4678 );
nor ( g1240 , g1236 , g1239 );
or ( g1241 , g959 , g1240 );
nor ( g1242 , g1197 , g1241 );
nand ( g1243 , g1217 , g1242 );
not ( g1244 , g1243 );
not ( g1245 , g807 );
not ( g1246 , g1245 );
not ( g1247 , g4809 );
nand ( g1248 , g965 , g966 );
not ( g1249 , g1248 );
not ( g1250 , g1249 );
or ( g1251 , g1247 , g1250 );
or ( g1252 , g658 , g1249 );
nand ( g1253 , g1251 , g1252 );
nand ( g1254 , g1253 , g1199 );
nor ( g1255 , g678 , g771 );
and ( g1256 , g859 , g685 );
buf ( g1257 , g715 );
and ( g1258 , g1257 , g720 );
nor ( g1259 , g1256 , g1258 );
xor ( g1260 , g961 , g866 );
xnor ( g1261 , g1260 , g897 );
not ( g1262 , g1261 );
and ( g1263 , g1198 , g4791 );
nand ( g1264 , g1262 , g1263 );
not ( g1265 , g968 );
nand ( g1266 , g1265 , g980 , g969 );
nand ( g1267 , g1266 , g970 );
buf ( g1268 , g1248 );
or ( g1269 , g4801 , g1135 );
not ( g1270 , g732 );
nand ( g1271 , g1270 , g1136 , g739 );
nand ( g1272 , g1269 , g1271 );
nand ( g1273 , g1268 , g1138 );
nand ( g1274 , g813 , g1248 );
not ( g1275 , g1249 );
not ( g1276 , g790 );
or ( g1277 , g1275 , g1276 );
nand ( g1278 , g1277 , g1274 );
or ( g1279 , g1278 , g1246 );
nand ( g1280 , g1279 , g1254 );
nand ( g1281 , g863 , g1273 );
not ( g1282 , g4807 );
not ( g1283 , g968 );
or ( g1284 , g1282 , g1283 );
nand ( g1285 , g967 , g4796 );
nand ( g1286 , g1284 , g1285 );
not ( g1287 , g1011 );
nand ( g1288 , g1286 , g1287 );
and ( g1289 , g1267 , g1288 );
nor ( g1290 , g1249 , g1255 , g4793 );
not ( g1291 , g1290 );
not ( g1292 , g870 );
not ( g1293 , g1292 );
or ( g1294 , g1291 , g1293 );
and ( g1295 , g1287 , g4806 );
nor ( g1296 , g1295 , g4804 );
nand ( g1297 , g1292 , g1296 , g1249 );
nand ( g1298 , g1294 , g1297 );
nor ( g1299 , g1289 , g1298 );
not ( g1300 , g1286 );
buf ( g1301 , g975 );
not ( g1302 , g1301 );
or ( g1303 , g1300 , g1302 );
not ( g1304 , g4797 );
not ( g1305 , g1304 );
not ( g1306 , g1268 );
or ( g1307 , g1305 , g1306 );
not ( g1308 , g4808 );
nand ( g1309 , g1308 , g1249 );
nand ( g1310 , g1307 , g1309 );
buf ( g1311 , g589 );
or ( g1312 , g1310 , g1311 );
nand ( g1313 , g1303 , g1312 );
or ( g1314 , g1299 , g1313 );
not ( g1315 , g1253 );
nand ( g1316 , g4676 , g653 );
not ( g1317 , g1316 );
and ( g1318 , g1315 , g1317 );
and ( g1319 , g1310 , g1311 );
nor ( g1320 , g1318 , g1319 );
nand ( g1321 , g1314 , g1320 );
or ( g1322 , g4811 , g1182 );
and ( g1323 , g1182 , g4811 );
nor ( g1324 , g1323 , g4812 );
nand ( g1325 , g1322 , g1324 );
not ( g1326 , g457 );
nor ( g1327 , g4803 , g4802 );
nand ( g1328 , g1326 , g1327 );
not ( g1329 , g558 );
nor ( g1330 , g1329 , g847 , g849 );
and ( g1331 , g1328 , g1330 );
not ( g1332 , g4802 );
nand ( g1333 , g1332 , g1326 );
and ( g1334 , g1333 , g4803 );
nor ( g1335 , g1331 , g1334 );
nand ( g1336 , g1261 , g1075 , g4791 );
or ( g1337 , g984 , g4791 );
nand ( g1338 , g1336 , g1264 , g1337 );
not ( g1339 , g1217 );
not ( g1340 , g4786 );
not ( g1341 , g864 );
or ( g1342 , g1340 , g1341 );
nand ( g1343 , g1342 , g1011 );
and ( g1344 , g4742 , g4783 );
and ( g1345 , g4791 , g653 );
not ( g1346 , g4791 );
and ( g1347 , g1346 , g1089 );
nor ( g1348 , g1345 , g1347 );
nand ( g1349 , g1278 , g1273 , g807 );
nand ( g1350 , g4787 , g4675 , g4789 );
not ( g1351 , g987 );
nand ( g1352 , g4696 , g1351 , g958 );
and ( g1353 , g4791 , g589 );
not ( g1354 , g4791 );
and ( g1355 , g1354 , g1011 );
nor ( g1356 , g1353 , g1355 );
nand ( g1357 , g4675 , g4789 );
nand ( g1358 , g4815 , g4675 , g4789 );
and ( g1359 , g1280 , g4676 );
nor ( g1360 , g1359 , g1281 );
not ( g1361 , g1360 );
not ( g1362 , g1321 );
or ( g1363 , g1361 , g1362 );
not ( g1364 , g1268 );
not ( g1365 , g1272 );
or ( g1366 , g1364 , g1365 );
nand ( g1367 , g1366 , g1349 );
nor ( g1368 , g862 , g1005 );
and ( g1369 , g1367 , g1368 );
not ( g1370 , g861 );
not ( g1371 , g1335 );
or ( g1372 , g1370 , g1371 );
nand ( g1373 , g1372 , g1259 );
and ( g1374 , g842 , g845 );
and ( g1375 , g1373 , g1374 );
nor ( g1376 , g1369 , g1375 );
nand ( g1377 , g1363 , g1376 );
endmodule